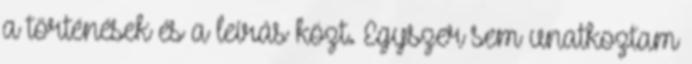
a történések és a leírás közt. Egyszer sem unatkoztam